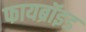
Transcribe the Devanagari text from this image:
फायब्रॉइड